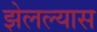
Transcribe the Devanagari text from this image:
झेलल्यास